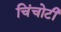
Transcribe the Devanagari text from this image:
चिंचोटी